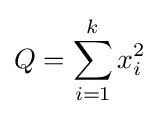
Q=\sum _{i=1}^{k}x_{i}^{2}